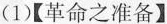
(1)【革命之准备】